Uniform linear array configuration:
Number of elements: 12
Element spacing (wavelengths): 0.75
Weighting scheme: hann
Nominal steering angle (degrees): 15
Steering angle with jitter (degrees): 15.246
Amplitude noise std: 0.05
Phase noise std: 0.05

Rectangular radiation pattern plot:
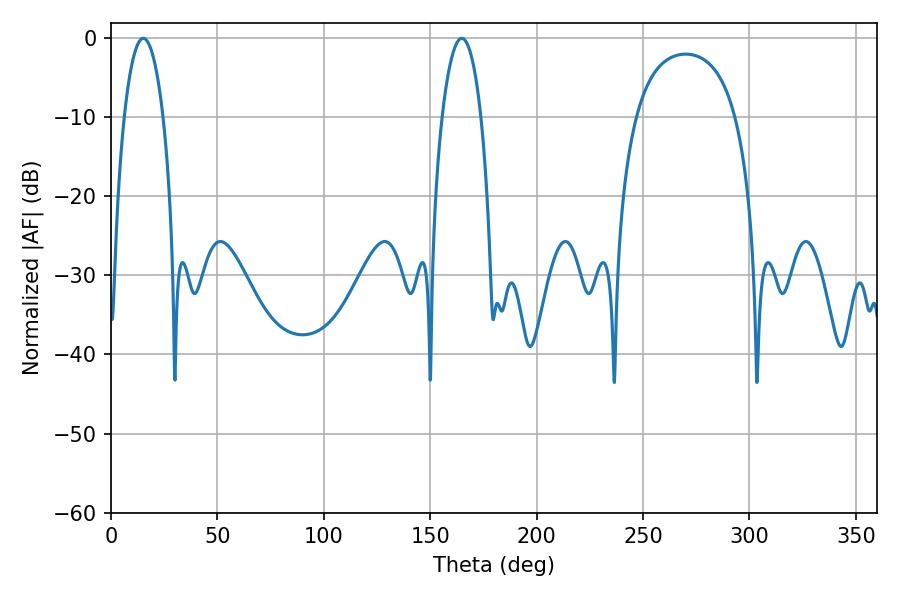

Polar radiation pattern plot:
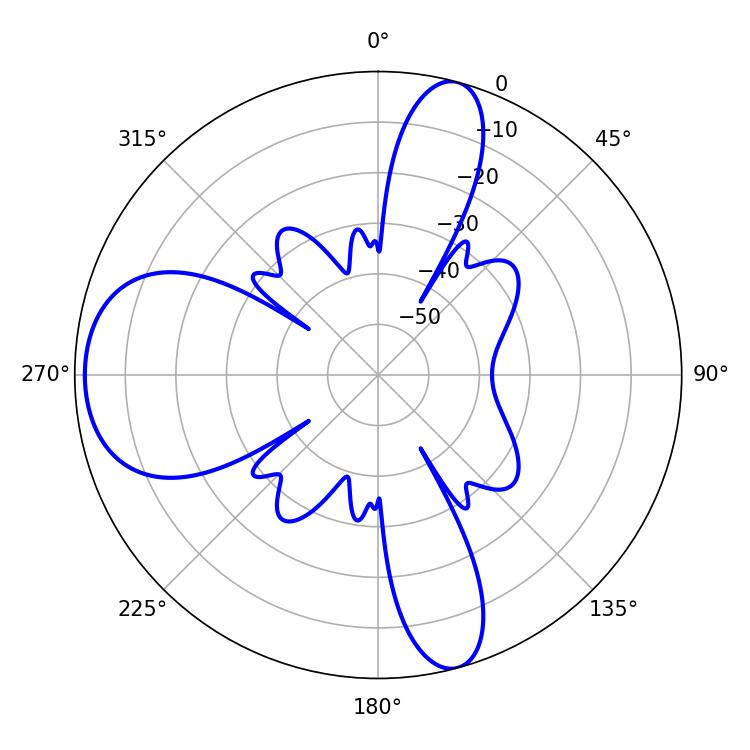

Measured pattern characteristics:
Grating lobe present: TRUE
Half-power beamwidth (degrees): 10.26
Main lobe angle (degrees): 15.12